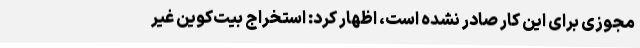
مجوزی برای این کار صادر نشده است، اظهار کرد: استخراج بیت‌کوین غیر